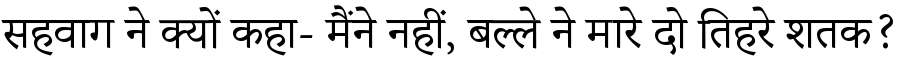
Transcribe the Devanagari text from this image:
सहवाग ने क्यों कहा- मैंने नहीं, बल्ले ने मारे दो तिहरे शतक?